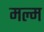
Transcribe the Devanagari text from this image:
मल्म